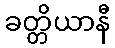
ခတ္တိယာနီ